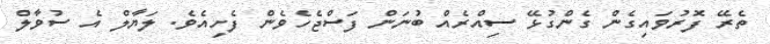
ތެރޭ ފޮރުވައިގެން ގެންގުޅޭ ސިއްރެއް ބުނަން ފަސްޖެހެވެން ފެށިއެވެ. ލަޔާލް އެ ސުވާލް